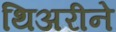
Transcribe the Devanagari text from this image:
थिअरीने